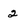
Character: 2